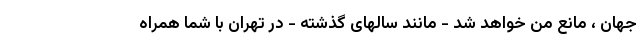
جهان ، مانع من خواهد شد - مانند سالهای گذشته - در تهران با شما همراه